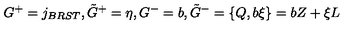
G ^ { + } = j _ { B R S T } , \tilde { G } ^ { + } = \eta , G ^ { - } = b , \tilde { G } ^ { - } = \{ Q , b \xi \} = b Z + \xi L